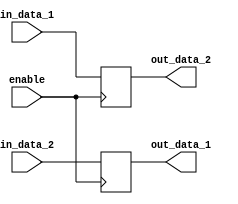
module bidirectional_buffer (
    input wire in_data_1,
    output wire out_data_1,
    input wire in_data_2,
    output wire out_data_2,
    input wire enable
);

reg buffer_1;
reg buffer_2;

always @ (posedge enable) begin
    if (enable) begin
        buffer_1 <= in_data_1;
        buffer_2 <= in_data_2;
    end
end

assign out_data_1 = buffer_2;
assign out_data_2 = buffer_1;

endmodule